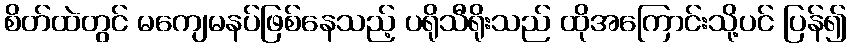
စိတ်ထဲတွင် မကျေမနပ်ဖြစ်နေသည့် ပရိုသီရိုးသည် ထိုအကြောင်းသို့ပင် ပြန်၍